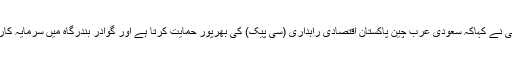
نواف سعید احمد المالکی نے کہاکہ سعودی عرب چین پاکستان اقتصادی راہداری (سی پیک) کی بھرپور حمایت کرتا ہے اور گوادر بندرگاہ میں سرمایہ کاری کا خواہش مند ہے۔